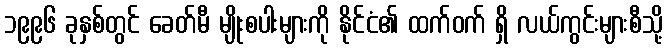
၁၉၉၆ ခုနှစ်တွင် ခေတ်မီ မျိုးစပါးများကို နိုင်ငံ၏ ထက်ဝက် ရှိ လယ်ကွင်းများစီသို့